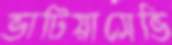
ভাটিয়াসেভি